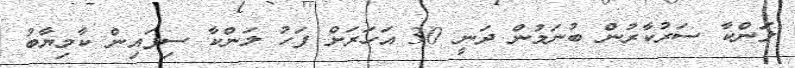
ލަންކާ ސަރުކާރުން ބުނަމުން ދަނީ 30 އަހަރަށް ފަހު ލަންކާ ސިފައިން ކާމިޔާބު